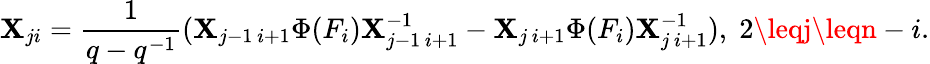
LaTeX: \mathbf{X}_{ji}=\frac{{1}}{{q-q^{-1}}}(\mathbf{X}_{j-1\, i+1}\Phi(F_{i})\mathbf{X}_{j-1\, i+1}^{-1}-\mathbf{X}_{j\, i+1}\Phi(F_{i})\mathbf{X}_{j\, i+1}^{-1}),\; 2\leqj\leqn-i.